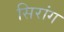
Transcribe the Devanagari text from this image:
सिरांग